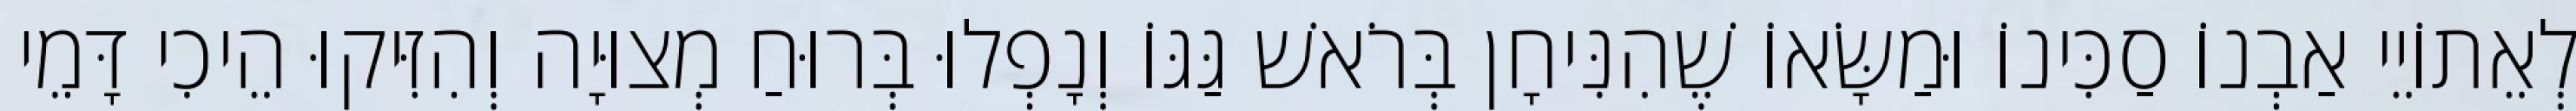
לְאֵתוֹיֵי אַבְנוֹ סַכִּינוֹ וּמַשָּׂאוֹ שֶׁהִנִּיחָן בְּרֹאשׁ גַּגּוֹ וְנָפְלוּ בְּרוּחַ מְצוּיָה וְהִזִּיקוּ הֵיכִי דָּמֵי